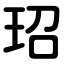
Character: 玿